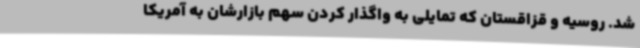
شد. روسیه و قزاقستان که تمایلی به واگذار کردن سهم بازارشان به آمریکا